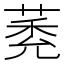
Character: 𦳽